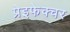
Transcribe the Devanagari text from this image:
प्रेइफेक्चर